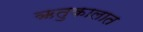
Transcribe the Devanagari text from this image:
ऋतुकालात